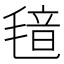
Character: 𬇂